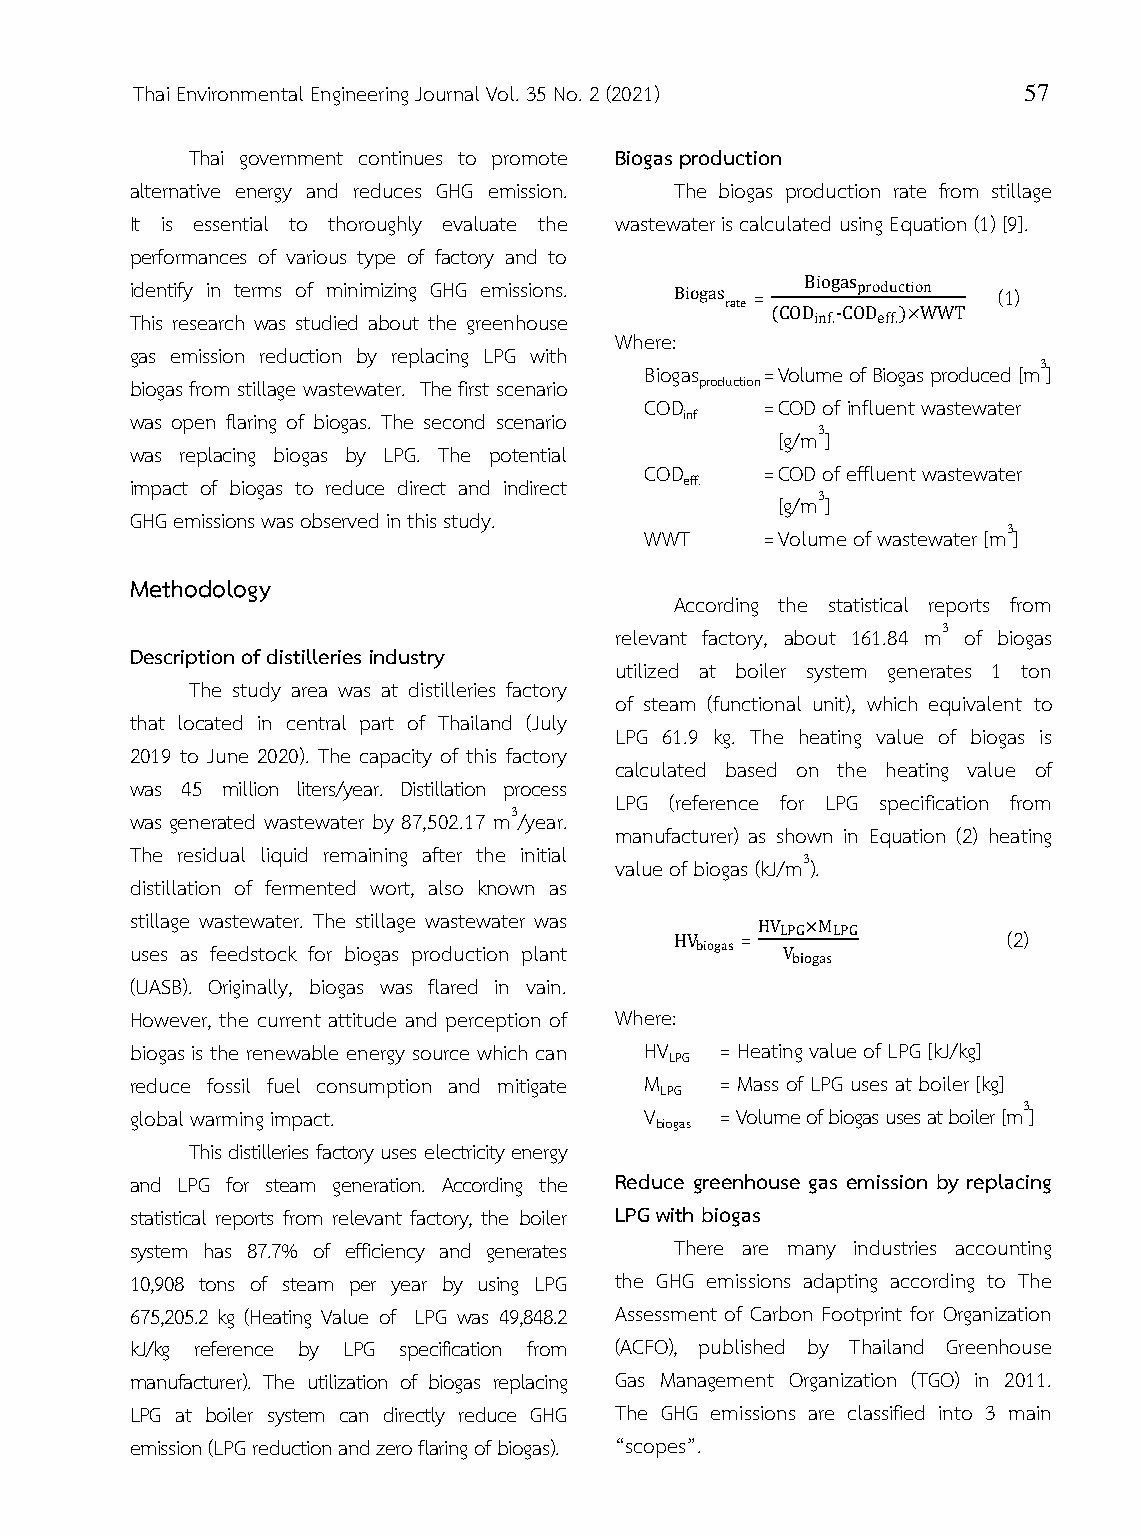
Thai Environmental Engineering Journal Vol. 35 No. 2 (2021) 57
 Thai government continues to promote Biogas production
 alternative energy and reduces GHG emission. The biogas production rate from stillage
 It is essential to thoroughly evaluate the wastewater is calculated using Equation (1) [9].
 performances of various type of factory and to
 identify in terms of minimizing GHG emissions.
 =               (1)
 This research was studied about the greenhouse -
 Where:
 gas emission reduction by replacing LPG with
 Biogas = Volume of Biogas produced [m3]
 biogas from stillage wastewater. The first scenario production
 COD    = COD of influent wastewater
 was open flaring of biogas. The second scenario inf
 [g/m3]
 was replacing biogas by LPG. The potential
 COD    = COD of effluent wastewater
 impact of biogas to reduce direct and indirect eff.
 [g/m3]
 GHG emissions was observed in this study.
 WWT    = Volume of wastewater [m3]
 Methodology
 According the statistical reports from
 relevant factory, about 161.84 m3 of biogas
 Description of distilleries industry
 utilized at boiler system generates 1 ton
 The study area was at distilleries factory
 of steam (functional unit), which equivalent to
 that located in central part of Thailand (July
 LPG 61.9 kg. The heating value of biogas is
 2019 to June 2020). The capacity of this factory
 calculated based on the heating value of
 was 45 million liters/year. Distillation process
 LPG (reference for LPG specification from
 was generated wastewater by 87,502.17 m3/year.
 manufacturer) as shown in Equation (2) heating
 The residual liquid remaining after the initial
 value of biogas (kJ/m3).
 distillation of fermented wort, also known as
 stillage wastewater. The stillage wastewater was
 =                 (2)
 uses as feedstock for biogas production plant
 (UASB). Originally, biogas was flared in vain.
 However, the current attitude and perception of Where:
 biogas is the renewable energy source which can HV = Heating value of LPG [kJ/kg]
 LPG
 reduce fossil fuel consumption and mitigate M = Mass of LPG uses at boiler [kg]
 LPG
 global warming impact.            V    = Volume of biogas uses at boiler [m3]
 biogas
 This distilleries factory uses electricity energy
 and LPG for steam generation. According the Reduce greenhouse gas emission by replacing
 statistical reports from relevant factory, the boiler LPG with biogas
 system has 87.7% of efficiency and generates There are many industries accounting
 10,908 tons of steam per year by using LPG the GHG emissions adapting according to The
 675,205.2 kg (Heating Value of LPG was 49,848.2 Assessment of Carbon Footprint for Organization
 kJ/kg reference by LPG specification from (ACFO), published by Thailand Greenhouse
 manufacturer). The utilization of biogas replacing Gas Management Organization (TGO) in 2011.
 LPG at boiler system can directly reduce GHG The GHG emissions are classified into 3 main
 emission (LPG reduction and zero flaring of biogas). “scopes”.